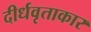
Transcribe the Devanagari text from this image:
दीर्धवृताकार